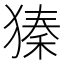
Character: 獉